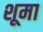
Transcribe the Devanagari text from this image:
शूमा